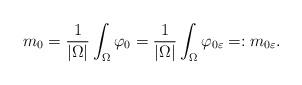
LaTeX: \begin{align*} m_0= \frac{1}{| \Omega |} \int_{\Omega } \varphi_0 = \frac{1}{| \Omega |} \int_{\Omega } \varphi_{0 \varepsilon} =: m_{0\varepsilon}.\end{align*}